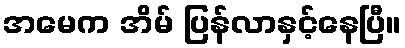
အမေက အိမ် ပြန်လာနှင့်နေပြီ။